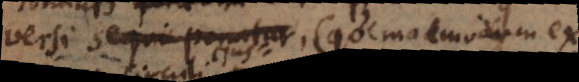
universi sequi ponatur (quemadmodum ex